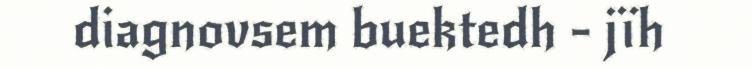
diagnovsem buektedh - jïh